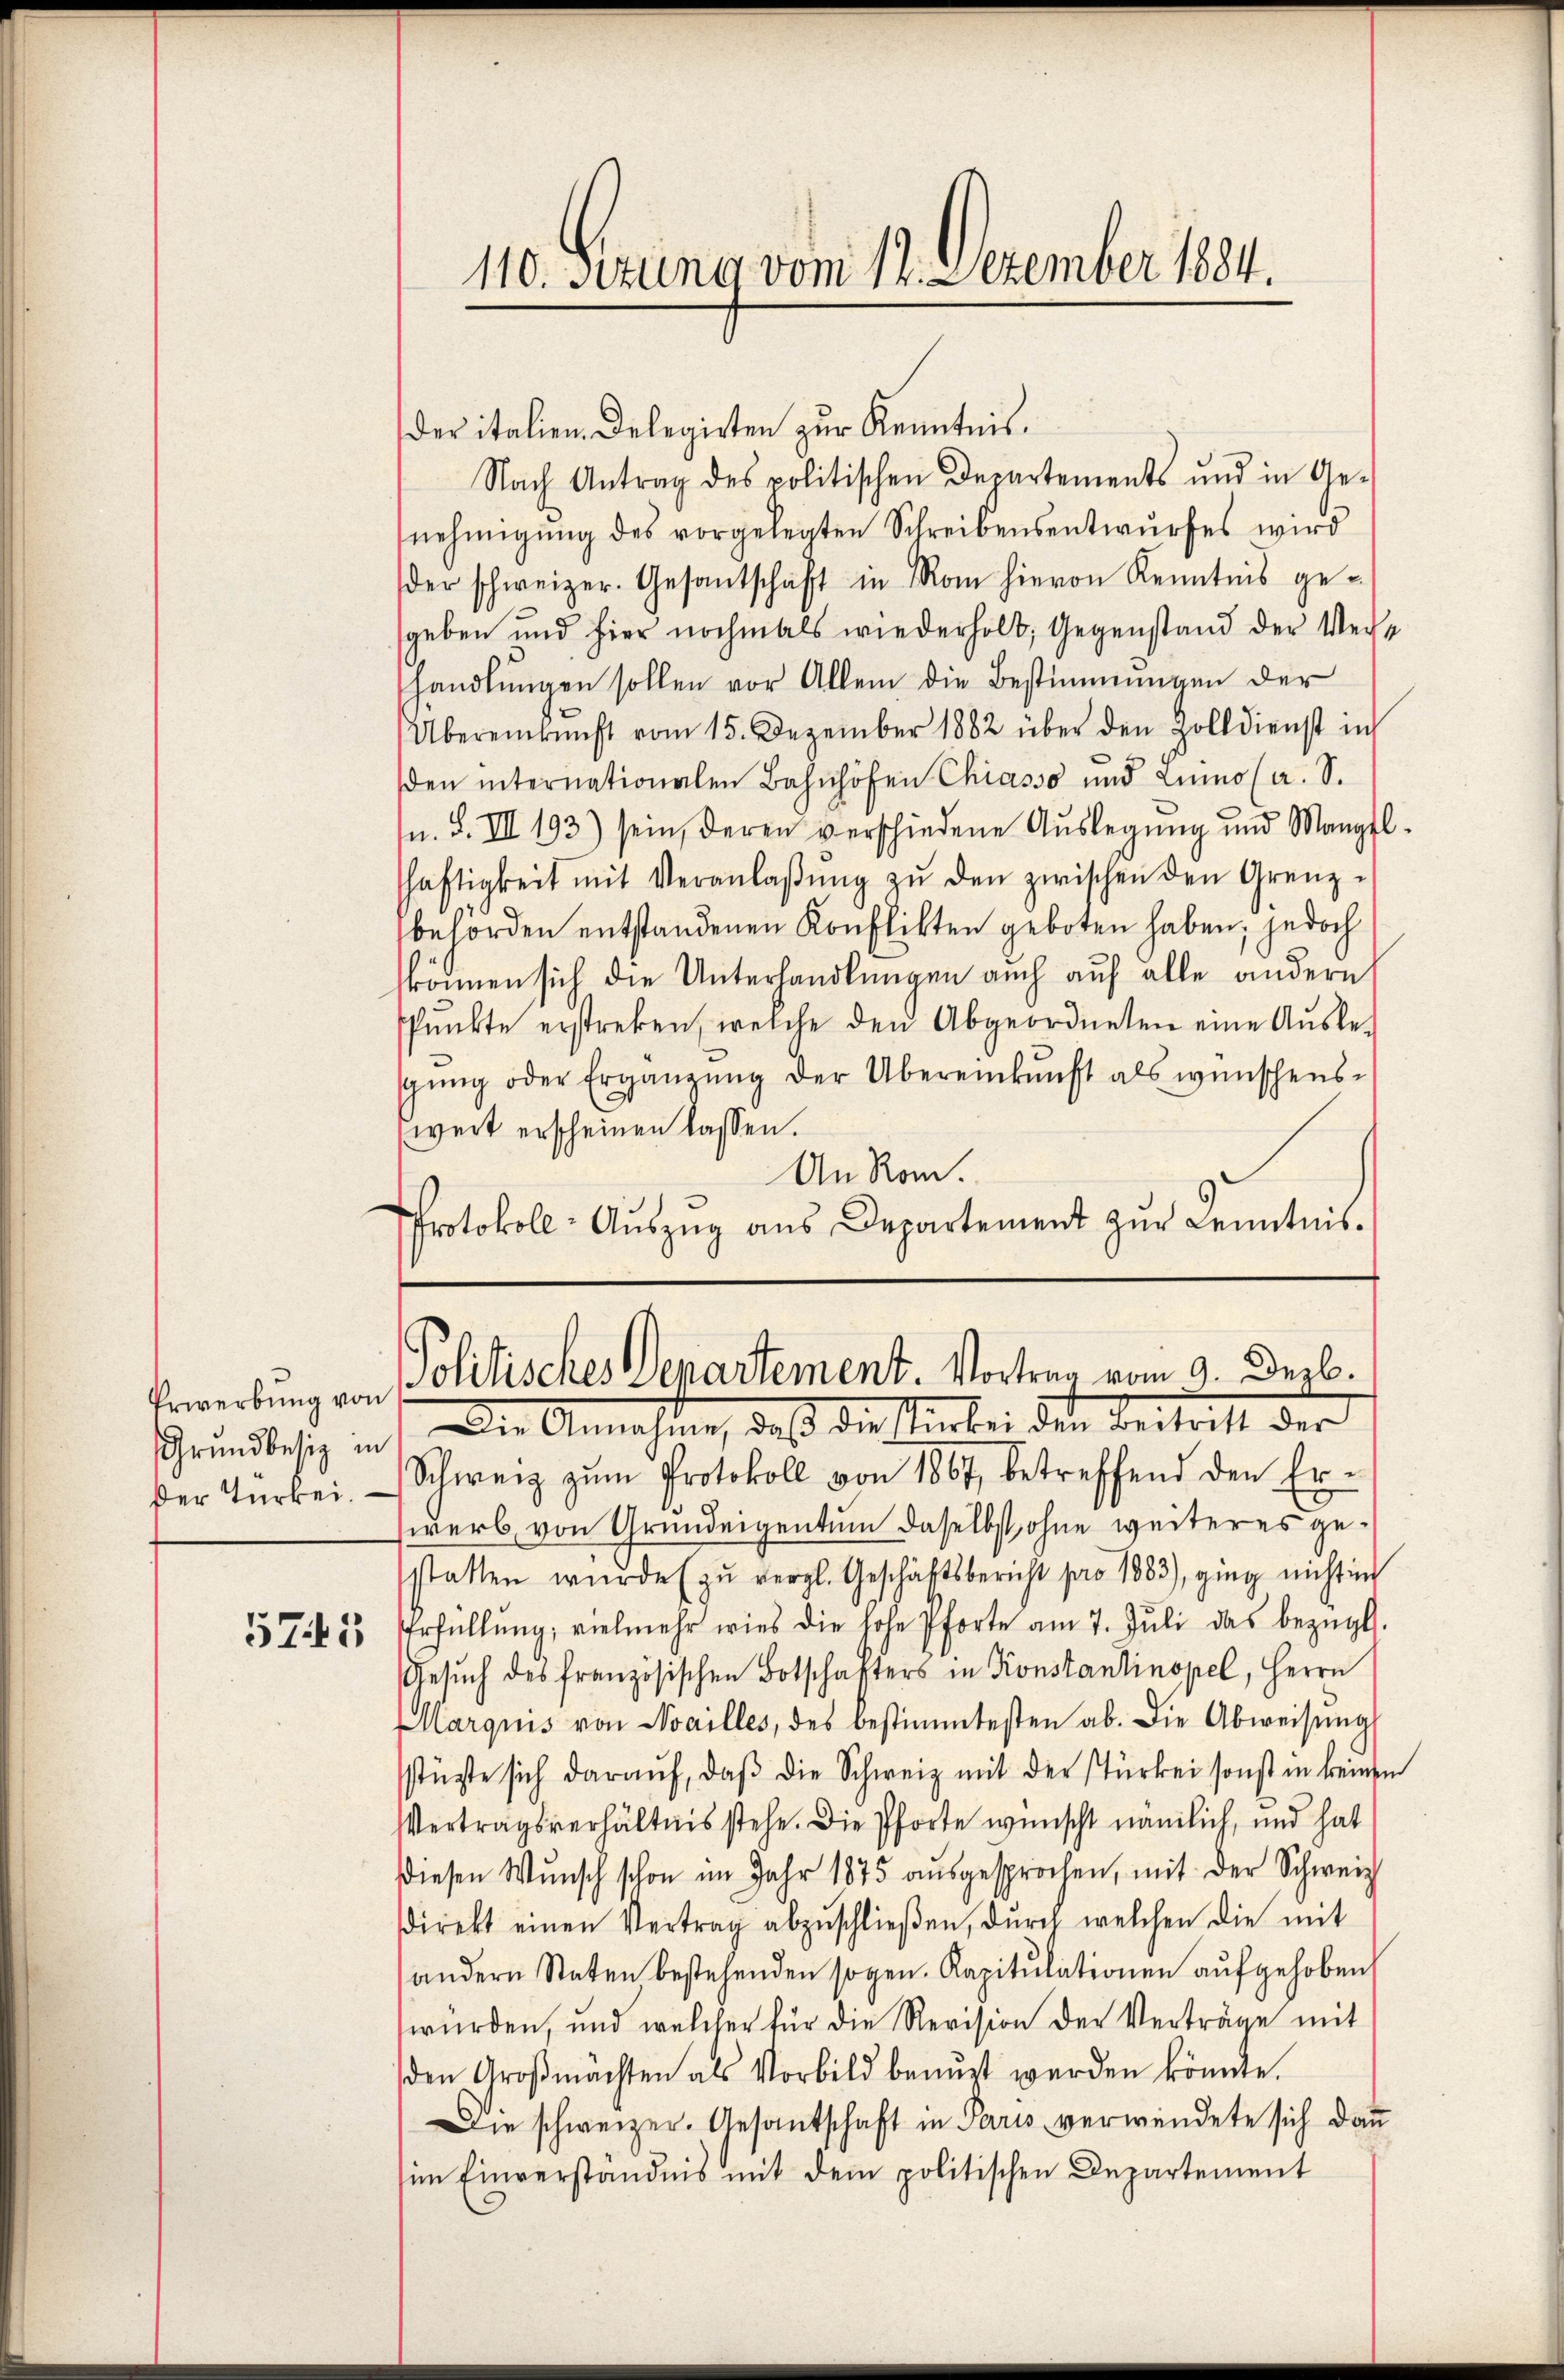
Grundbesiz in
Der Türkei.

5745

110. Serung vom 17. Dezember 1884.

der italien. Delegirten zur Kenntnis.
Nach Antrag des politischen Departements und in Ge-
nehmigŭng des vorgelegten Schreibensentwŭrfes wird
der schweizer. Gesantschaft in Rom hievon Kenntnis ge-
geben und hier nochmals wiederholt; Gegenstand der Verhandlungen sollen vor Allem die Bestimmungen der
Übereinkunft vom 15. Dezember 1882 über den Zolldienst in
den internationalen Bahnhöfen Chiasso und Luino (a. S.
n. F. VIII 193) sein, deren verschiedene Aŭslegung und Mangel-
haftigkeit mit Veranlaβŭng zŭ den zwischen den Grenz-
behörden entstandenen Konflikten geboten haben; jedoch
können sich die Unterhandlungen auch auf alle andern
pŭnkte erstreken, welche den Abgeordneten eine Aŭsle-
sŭng oder Ergänzŭng der Übereinkunft als wünschens-
weit erscheinen lassen.
An Rom.
Protokoll- Aŭszŭg aŭs Departement zŭr Kenntnis-

Erwerbung von Politisches Departement. Vortrag vom 9. Dezb.
Die Annahme, daß die stirbei den Beitritt der

Schweiz zŭm Protokoll von 1867 betreffend den Er-
werb von Grundeigentum daselbst, ohne weiteres gestatten würde zŭ vergl. Geschäftsbericht pro 1883), ging nicht in
Erfüllŭng, vielmehr wies die hohe Pforte am 7. Jŭli das bezügl.
Gesŭch des französischen Botschafters in Konstantinopel, Herrn
MMarquis von Noailles, des bestimmtesten ab. Die Abweisŭng
stüzte sich daraŭf, daβ die Schweiz mit der stürkei sonst in keinen
Vertragsverhältnis stehe. Die Pforte wünscht nämlich, und hat
Diesen Wŭnsch schon im Jahr 1875 aŭsgesprochen, mit der Schweiz
sdirekt einen Vertrag abzŭschlieβen, durch welchen die mit
andern Staten bestehenden sogen. Kapitulationen aufgehoben
würden, und welcher für die Revision der Verträge mit
den Groβmächten als Vorbild benŭzt werden könnte.
Die schweizer. Gesantschaft in Paris verwendete sich dann
im Einverständnis mit dem politischen Departement